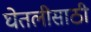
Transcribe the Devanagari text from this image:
घेतलीसाठी